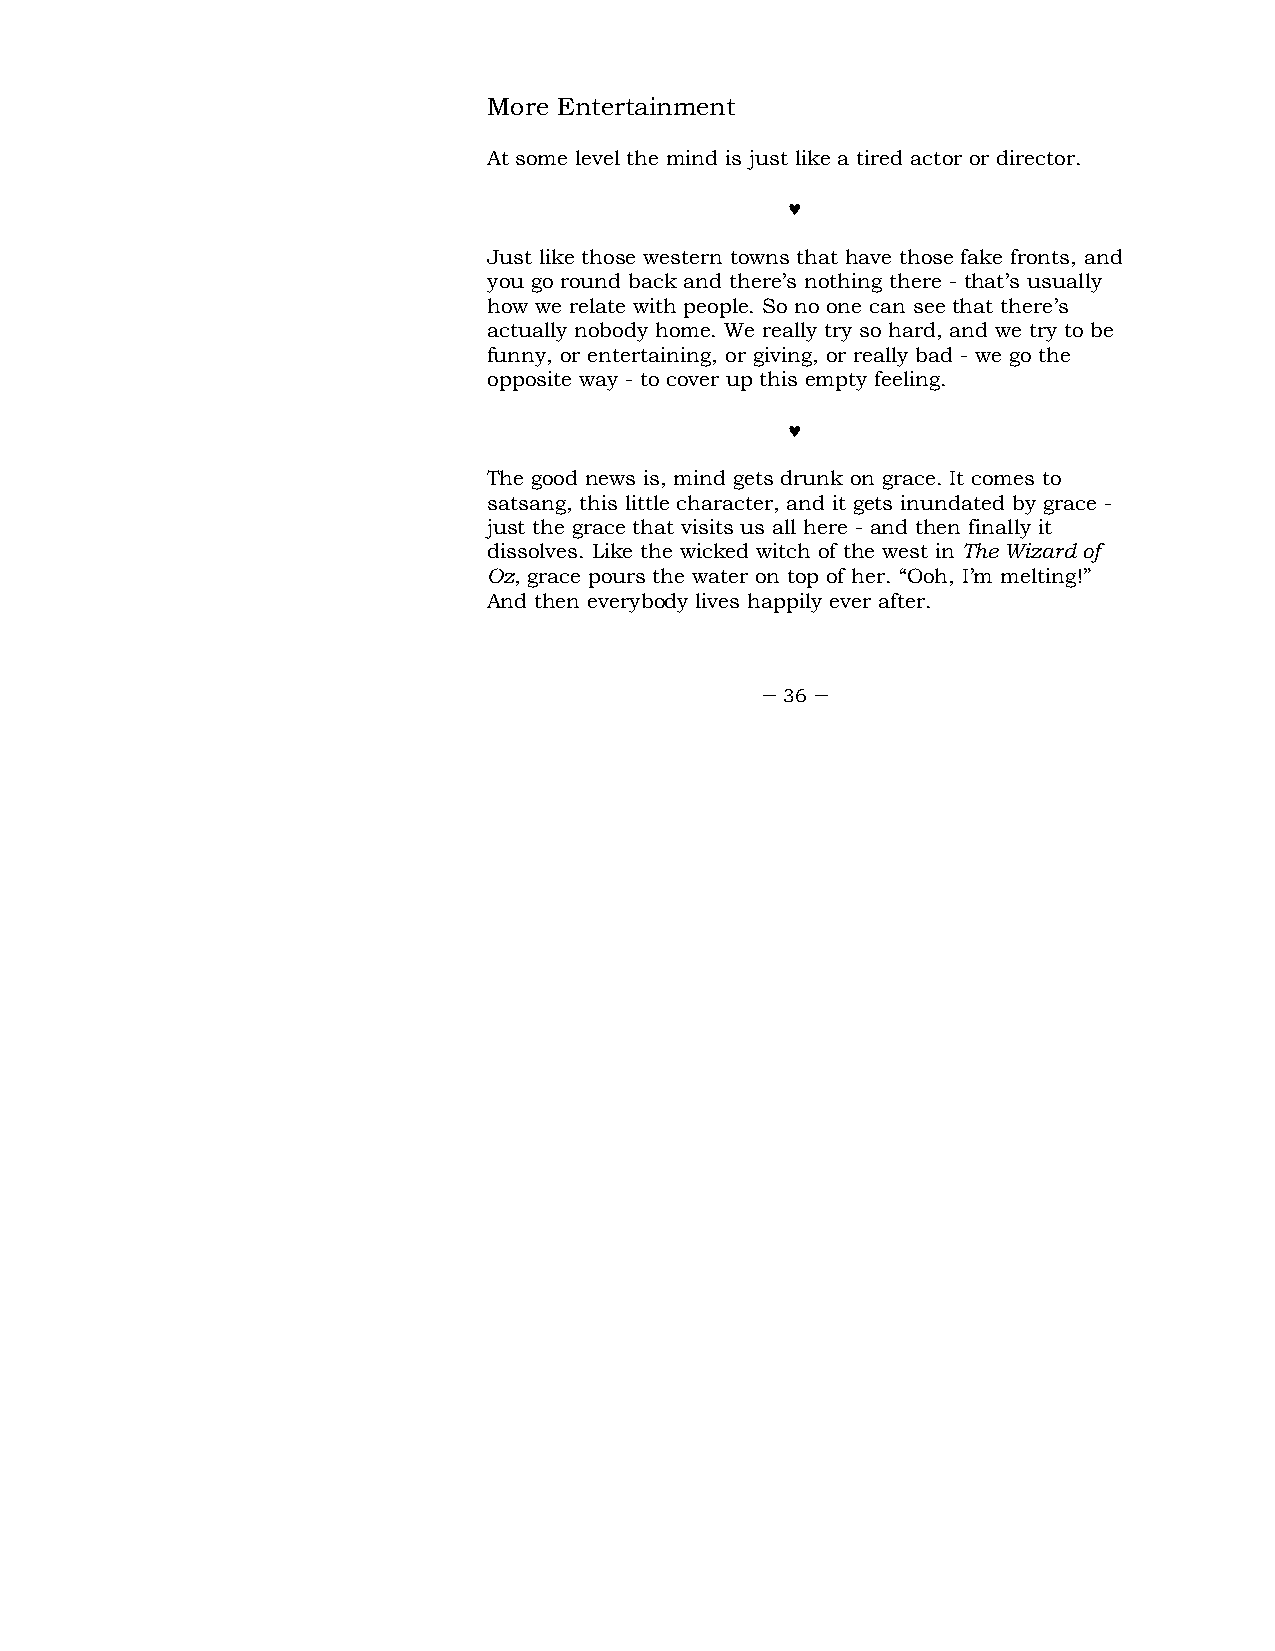
More Entertainment
 At some level the mind is just like a tired actor or director.
 ♥
 Just like those western towns that have those fake fronts, and
 you go round back and there’s nothing there - that’s usually
 how we relate with people. So no one can see that there’s
 actually nobody home. We really try so hard, and we try to be
 funny, or entertaining, or giving, or really bad - we go the
 opposite way - to cover up this empty feeling.
 ♥
 The good news is, mind gets drunk on grace. It comes to
 satsang, this little character, and it gets inundated by grace -
 just the grace that visits us all here - and then finally it
 dissolves. Like the wicked witch of the west in The Wizard of
 Oz, grace pours the water on top of her. “Ooh, I’m melting!”
 And then everybody lives happily ever after.
 – 36 –